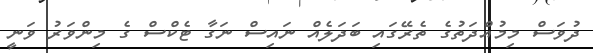
ދުވަސް މިމުއްދަތުގެ ތެރޭގައި ބަދަލެއް ނައިސް ނަގާ ޓެކްސް ގެ މިންވަރު ވަނީ